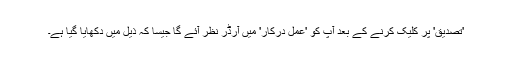
'تصدیق' پر کلیک کرنے کے بعد آپ کو 'عمل درکار' میں آرڈر نظر آئے گا جیسا کہ ذیل میں دکھایا گیا ہے۔